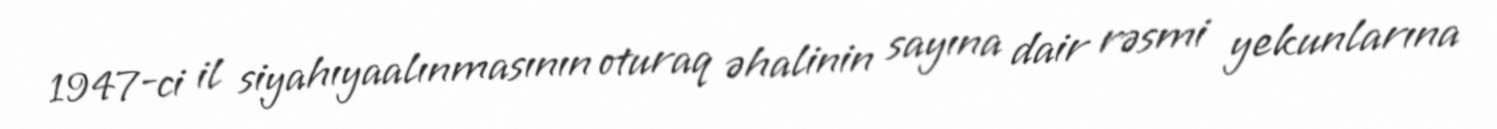
1947-ci il siyahıyaalınmasının oturaq əhalinin sayına dair rəsmi yekunlarına